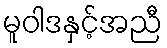
မူဝါဒနှင့်အညီ